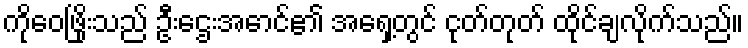
ကိုဝေဖြိုးသည် ဦးဌေးအောင်၏ အရှေ့တွင် ငုတ်တုတ် ထိုင်ချလိုက်သည်။